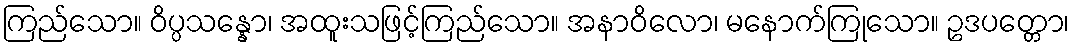
ကြည်သော။ ဝိပ္ပသန္နော၊ အထူးသဖြင့်ကြည်သော။ အနာဝိလော၊ မနောက်ကြုသော။ ဥဒပတ္တော၊